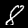
Digit: 8